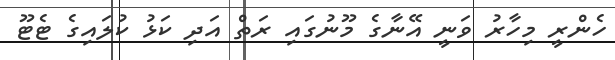
ހެންރީ މިހާރު ވަނީ އޭނާގެ މޫނުގައި ރަތް އަދި ކަޅު ކުލައިގެ ޓެޓޫ